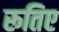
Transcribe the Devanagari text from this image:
रूतिए